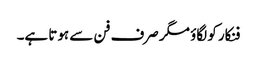
فنکار کو لگاؤ مگر صرف فن سے ہوتا ہے۔